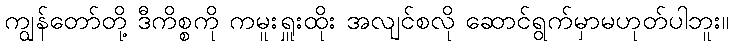
ကျွန်တော်တို့ ဒီကိစ္စကို ကမူးရှူးထိုး အလျင်စလို ဆောင်ရွက်မှာမဟုတ်ပါဘူး။